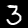
Digit: 3